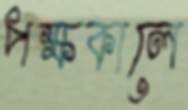
পক্ষকালে